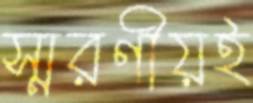
স্মরণীয়ই